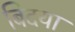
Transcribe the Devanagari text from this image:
बिदया